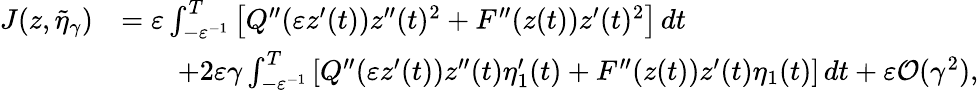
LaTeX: \begin{array}{rl}{J(z,\tilde{\eta}_{\gamma})}&{=\varepsilon\int_{-\varepsilon^{-1}}^{T}\left[Q^{\prime\prime}(\varepsilon z^{\prime}(t))z^{\prime\prime}(t)^{2}+F^{\prime\prime}(z(t))z^{\prime}(t)^{2}\right]\, dt}\\ &{\qquad+2\varepsilon\gamma\int_{-\varepsilon^{-1}}^{T}\left[Q^{\prime\prime}(\varepsilon z^{\prime}(t))z^{\prime\prime}(t)\eta_{1}^{\prime}(t)+F^{\prime\prime}(z(t))z^{\prime}(t)\eta_{1}(t)\right]\, dt+\varepsilon\mathcal{O}(\gamma^{2}),}\end{array}